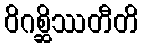
ဝိဂစ္ဆိဿတီတိ